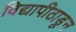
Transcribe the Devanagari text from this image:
विद्यापीठाडून